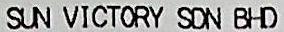
SUN VICTORY SDN BHD